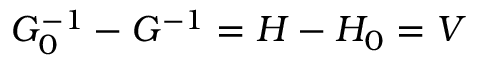
G _ { 0 } ^ { - 1 } - G ^ { - 1 } = H - H _ { 0 } = V